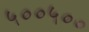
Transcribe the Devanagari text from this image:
५००५००